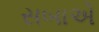
સબાએ